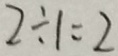
2 \div 1 = 2